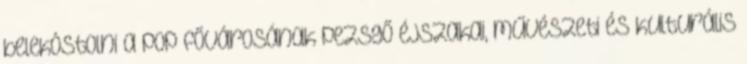
belekóstolni a pop fővárosának pezsgő éjszakai, művészeti és kulturális